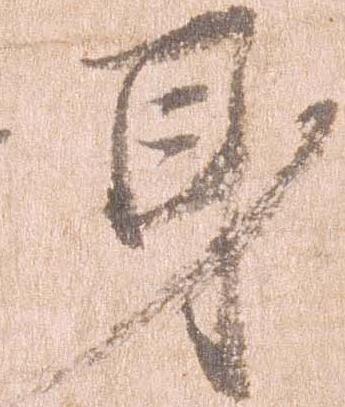
身